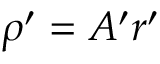
\boldsymbol \rho ^ { \prime } = A ^ { \prime } \boldsymbol r ^ { \prime }